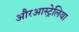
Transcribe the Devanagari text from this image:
औरआस्ट्रेलिया